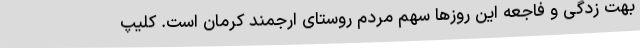
بهت زدگی و فاجعه این روز‌ها سهم مردم روستای ارجمند کرمان است. کلیپ